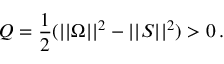
Q = \frac { 1 } { 2 } ( | | \Omega | | ^ { 2 } - | | S | | ^ { 2 } ) > 0 \, .